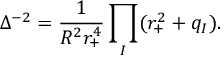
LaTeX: \Delta ^ { - 2 } = \frac { 1 } { R ^ { 2 } r _ { + } ^ { 4 } } \prod _ { I } ( r _ { + } ^ { 2 } + q _ { I } ) .